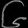
Digit: ၆